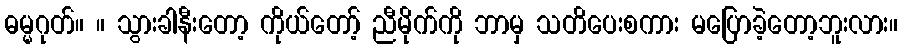
ဓမ္မဂုတ်။ ။ သွားခါနီးတော့ ကိုယ်တော့် ညီမိုက်ကို ဘာမှ သတိပေးစကား မပြောခဲ့တော့ဘူးလား။